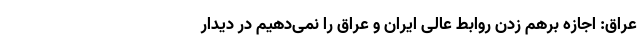
عراق: اجازه برهم زدن روابط عالی ایران و عراق را نمی‌دهیم در دیدار